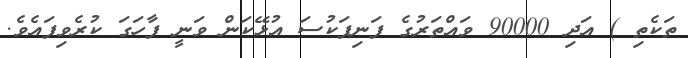
ތަކެތި ) އަދި 90000 ވައްތަރުގެ ފަނިފަކުސަ އުޅޭކަން ވަނީ ފާހަގަ ކުރެވިފައެވެ.